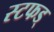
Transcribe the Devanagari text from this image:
स्टफड्